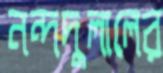
নন্দদুলালের